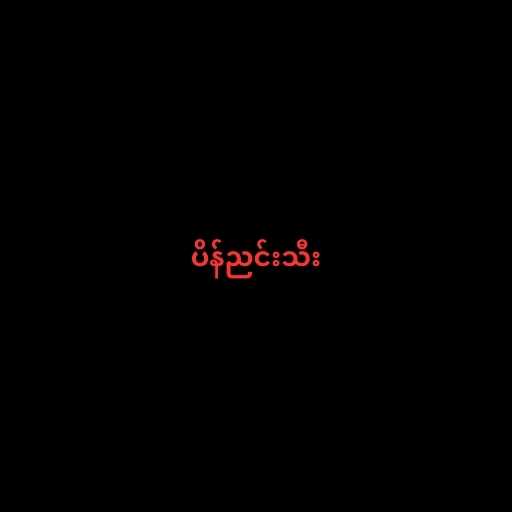
ပိန်ညင်းသီး